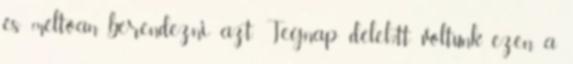
és méltóan berendezni azt. Tegnap délel?tt voltunk ezen a